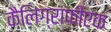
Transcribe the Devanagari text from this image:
कैलिग्राफीएक